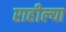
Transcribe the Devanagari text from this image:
राहील्या